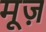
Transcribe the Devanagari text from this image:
मूज़